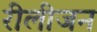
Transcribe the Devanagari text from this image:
रीलीजन